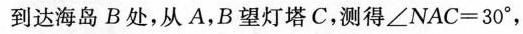
到达海岛B处，从A，B望灯塔C，测得∠NAC=30°，